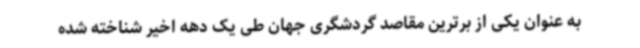
به عنوان یکی از برترین مقاصد گردشگری جهان طی یک دهه اخیر شناخته شده